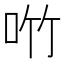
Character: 𪠿